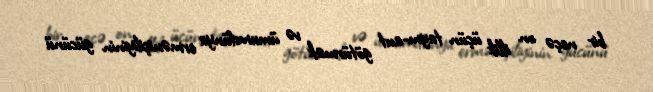
bir neçə on illik üçün taym-aut götürmək və ümumdünya erməniçiliyinin gücünü